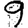
Digit: 9